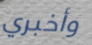
وأخبري